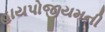
હાયપોજીયમની